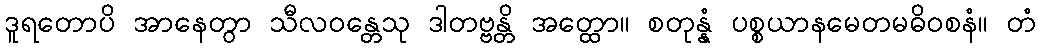
ဒူရတောပိ အာနေတွာ သီလဝန္တေသု ဒါတဗ္ဗန္တိ အတ္ထော။ စတုန္နံ ပစ္စယာနမေတမဓိဝစနံ။ တံ